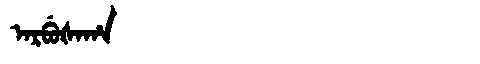
Manchu: ᠠᡵᠪᡠᡧᠠᡥᠠ
Romanization: ARBUŠAHA